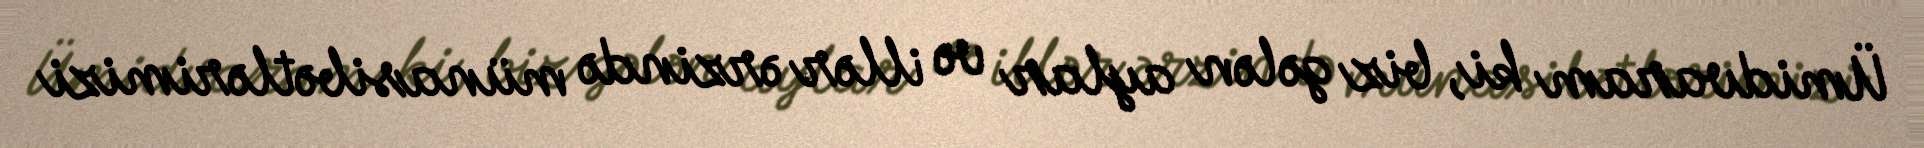
Ümidvaram ki, biz gələn aylar və illər ərzində münasibətlərimizi